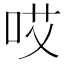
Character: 哎